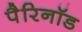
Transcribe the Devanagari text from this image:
पैरिनॉड